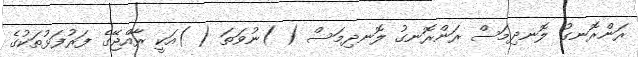
ރަންރޮނގު ލޮނދިމަސް ރަންރޮނގު ލޮނދިމަސް ( )ނުވަތަ ( )އަކީ ރާއްޖޭގެ ފަރުފަޅުތަކުގެ